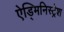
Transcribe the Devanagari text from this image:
ऐड्मिनिस्ट्रेश